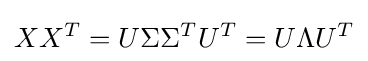
XX^{T}=U{\Sigma }{{\Sigma }^{T}}U^{T}=U{\Lambda }U^{T}